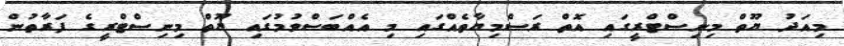
މިއަދު ޔޫތް މިނިސްޓްރީގައި އޮތް ރަސްމިޔާތެއްގައި މި އެއްބަސްވުމުގައި ޔޫތް މިނިސްޓްރީގެ ފަރާތުން